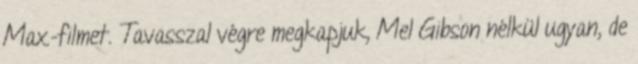
Max-filmet. Tavasszal végre megkapjuk, Mel Gibson nélkül ugyan, de